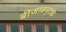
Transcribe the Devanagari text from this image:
बीजांडपुटके